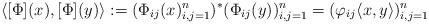
LaTeX: \begin{align*}\langle[\Phi](x),[\Phi](y)\rangle:=(\Phi_{ij}(x)_{i,j=1}^{n})^{*}(\Phi_{ij}(y))_{i,j=1}^{n}=(\varphi_{ij}\langle x,y\rangle)_{i,j=1}^{n}\end{align*}